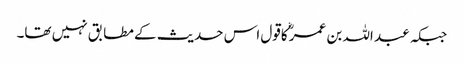
جبکہ عبد اللہ بن عمرؓ کاقول اس حدیث کے مطابق نہیں تھا۔